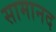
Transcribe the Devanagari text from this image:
सामानद